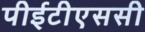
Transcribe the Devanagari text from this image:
पीईटीएससी